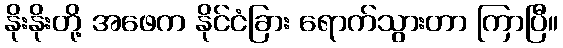
နိုးနိုးတို့ အဖေက နိုင်ငံခြား ရောက်သွားတာ ကြာပြီ။